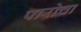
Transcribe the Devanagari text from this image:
पारोचा